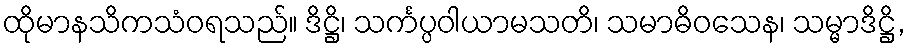
ထိုမာနသိကသံဝရသည်။ ဒိဋ္ဌိ၊ သင်္ကပ္ပဝါယာမသတိ၊ သမာဓိဝသေန၊ သမ္မာဒိဋ္ဌိ,